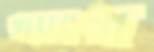
গ্যাংগ